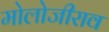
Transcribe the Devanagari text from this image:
मोलोजीराव